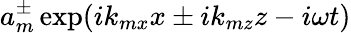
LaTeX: a_{m}^{\pm}\exp(ik_{mx}x\pm ik_{mz}z-i\omega t)